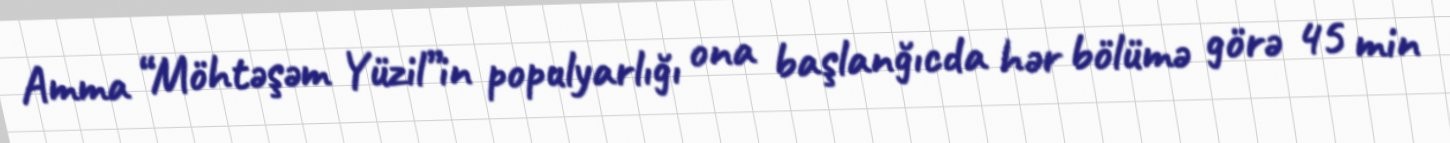
Amma “Möhtəşəm Yüzil”in populyarlığı ona başlanğıcda hər bölümə görə 45 min